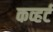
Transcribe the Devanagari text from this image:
कव्हर्ट